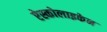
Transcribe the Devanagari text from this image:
ऐस्कोलाइकेन